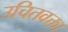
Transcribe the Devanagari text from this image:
उचितवक्ता